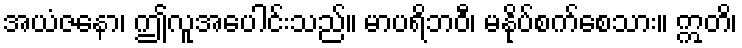
အယံဇနော၊ ဤလူအပေါင်းသည်။ မာပရိဘဝီ၊ မနိုပ်စက်စေသား။ ဣတိ၊